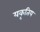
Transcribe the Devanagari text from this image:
यकृतिय